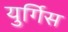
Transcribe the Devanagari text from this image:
युर्गिस